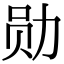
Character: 勋